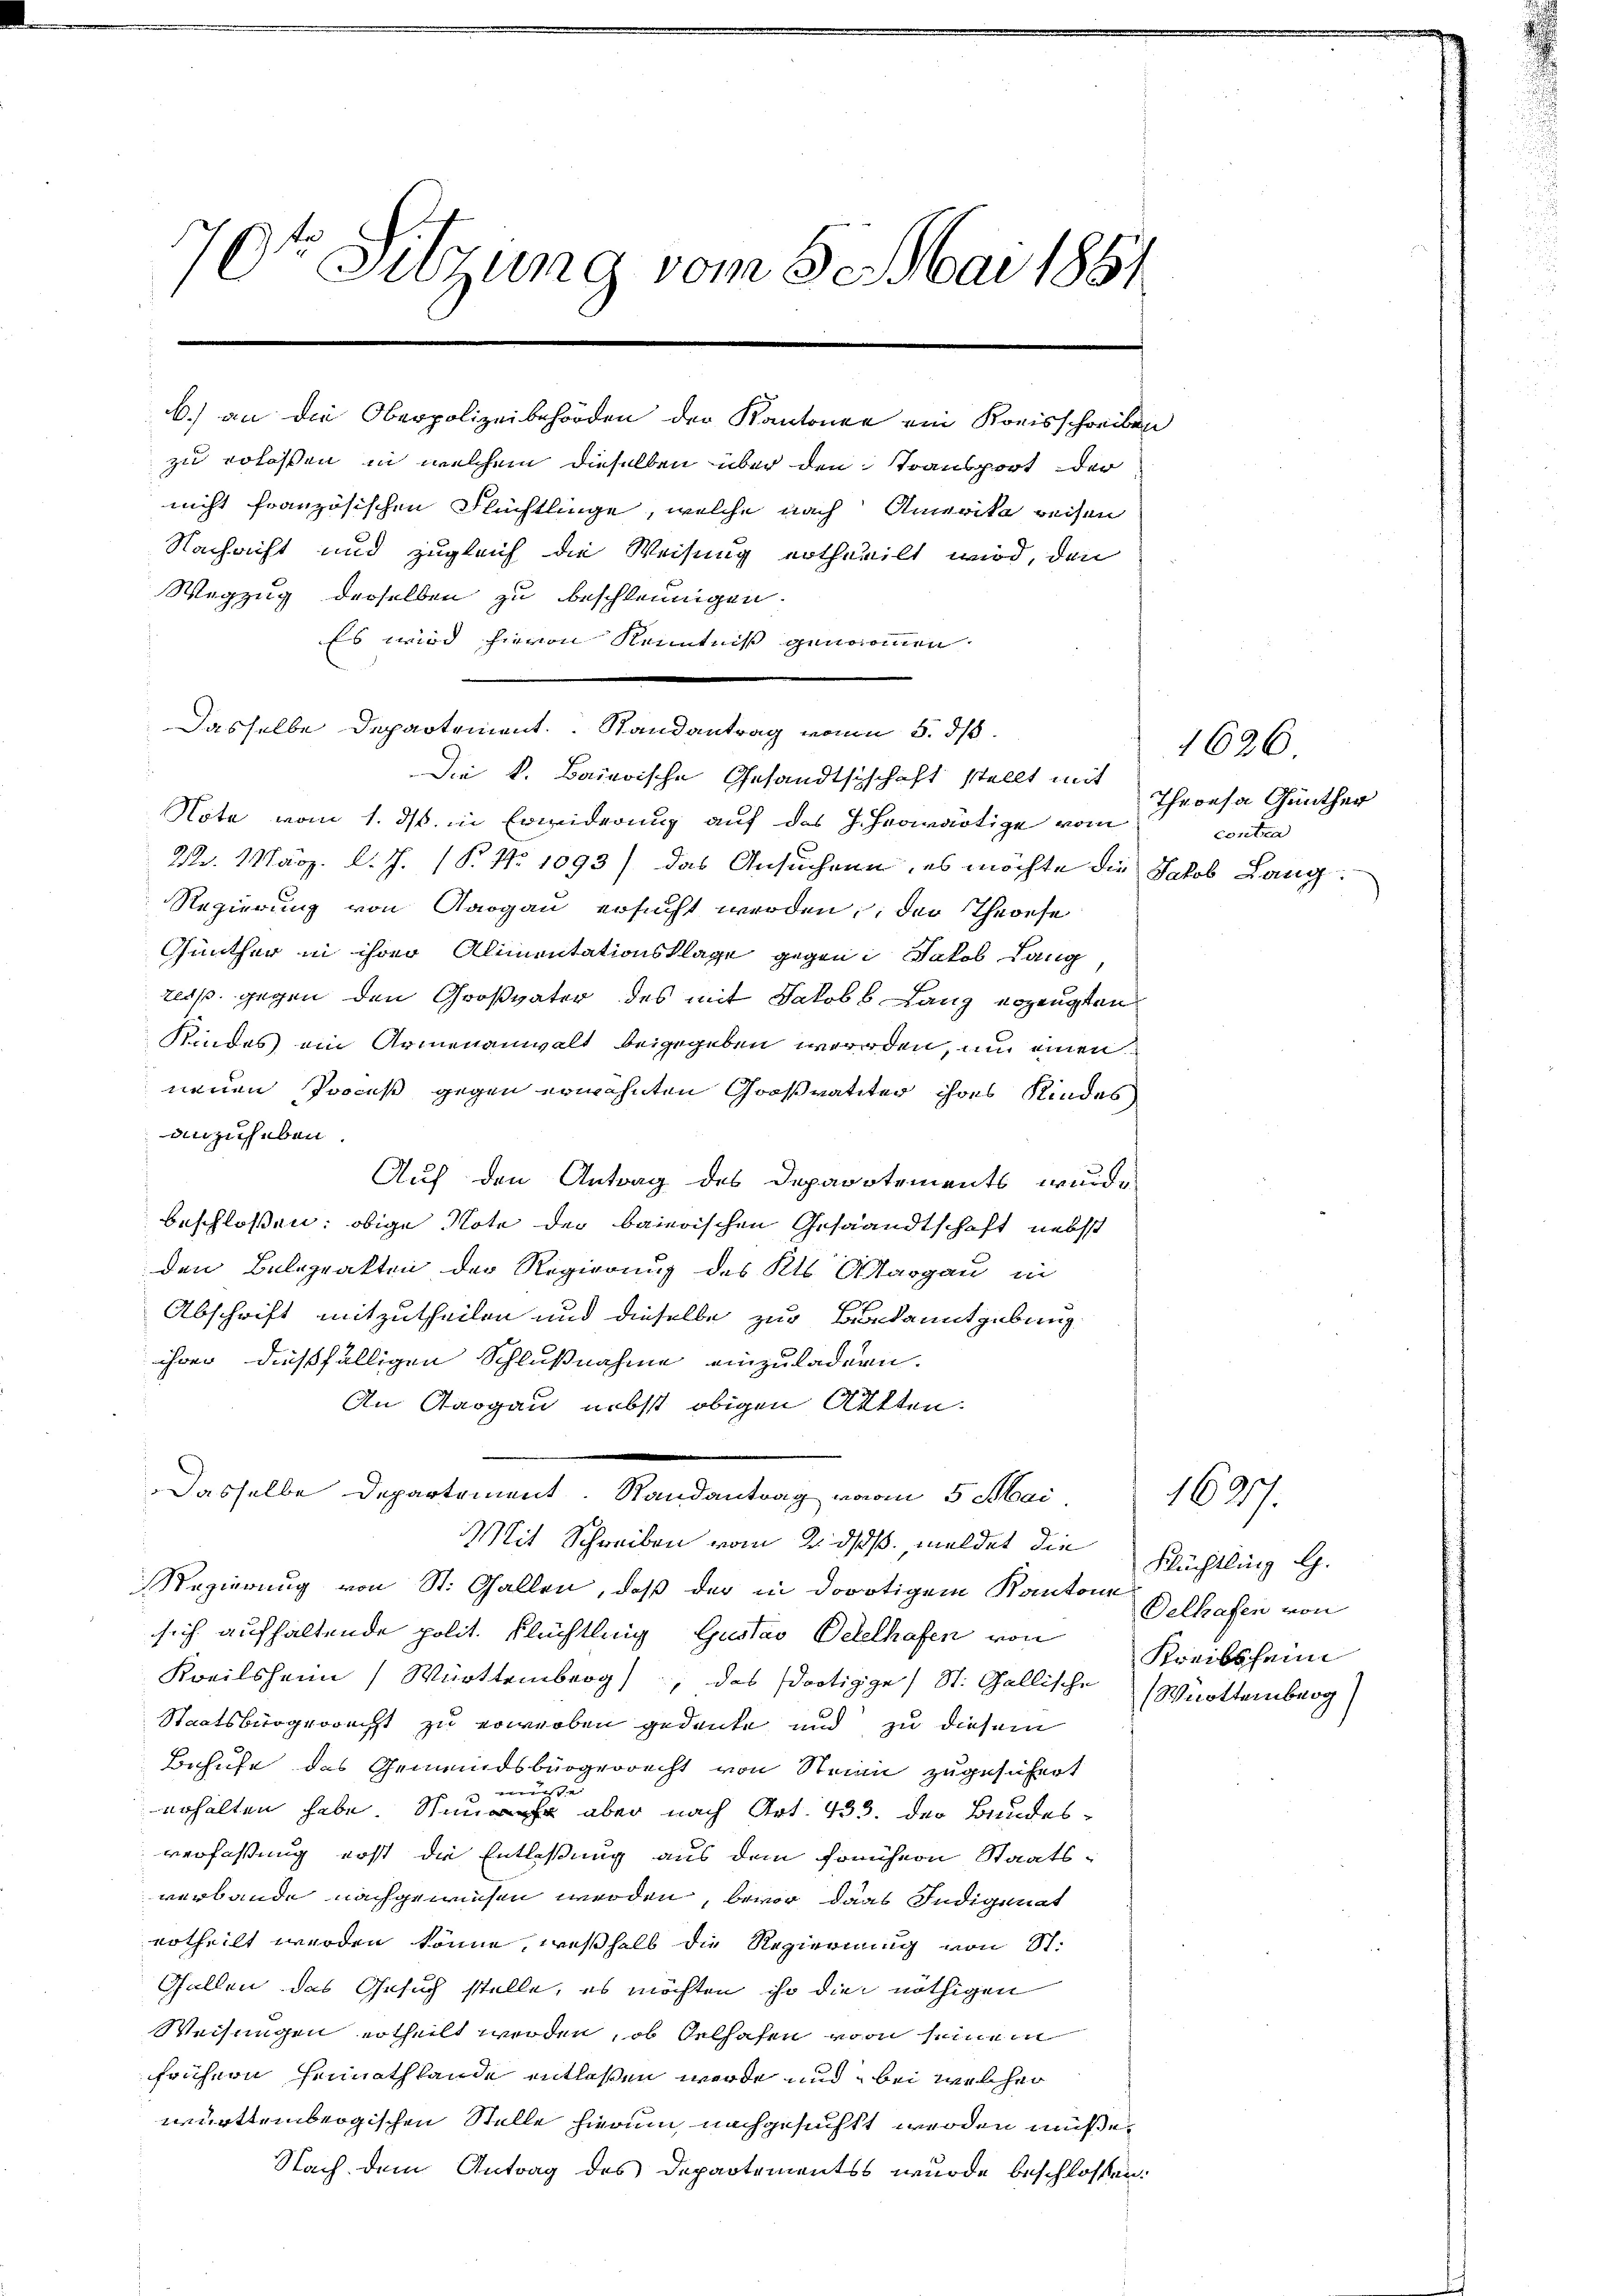
70te Sitzung vom 5. Mai 1861

zu erlassen, in welchem dieselben über den Transport der
nicht französischen Flüchtlinge, welche nach Amerika reisen
Nachacht und zugleich die Weisung ertheilt wird, den
Wegzug derselben zu beschleunigen
Es wird hievon Kenntniß genommen
Die k. Baierische Gesandtschaft stellt mit
Note vom 1. ds. in Erwiderung auf das J. Hrowärtige vom
22. März l. J. (T. No 1093) das Ansuchen, es möchte die Jakob Lang¬
Regierung von Aargau ersucht werden; der Theoese
Günther in ihrer Alimentationsklage gegen Jakob Lang,
resp. gegen den Großvater des mit Jakobb Lanz erzeugten
Kindes ain Armenanwalt beigegeben werden, um einen
neuen Proceß gegen erwohnten Großrateter ihres Kindes
anzuheben.
Auf den Antrag des Departements wurde
beschlossen: obige Note der baierischen Gesandtschaft nebst
den Belegrakten der Regierung des Kts. Aargau in
Abschrift mitzutheilen und dieselbe zur Bekanntgebung.
ihrer dießfälligen Schlußnahme einzuladern.
An Aargau, nebst obigen Altten.
Dasselbe Departement. Randantrag vom 5. Mai
Mit Schreiben vom 2. ds., meldet die
Regierung von St. Gallen, daß der in dortigem Kantone
sich aufhaltende polit. Flüchtlung Gustav Betelhafen von
Kreissheim Württemberg), das dortigge) St. Gallische Württemberg
Staatsbürgerrecht zu erwerben gedenke und zu diesem
Behufe das Gemeindsbürgerrecht von Steien zugesichert
 müsse
erhalten habe. Nun aber nach Art. 433. der Bundes-
verfassung erst die Entlaßung aus dem frühern Staatsverbande nachgewiesen werden, bevor das Indigenat
ertheilt werden könne, weßhalb die Regierung von St.
Gallen das Gesuch stelle, es möchten ihr die nöthigen
Weisungen ertheilt werden, ob Oelhafen von seinem
frühern Heimathlande entlassen werde und bei welcher
württembergischen Stelle hierum nachgesucht werden müße.
Nach dem Antrag des Departementss wurde beschlossen:

b.) an die Oberpolizeibehörden der Kantonen ein Kreisschreiben

Dasselbe Departement. Randantrag von 5. ds.

1636
Theresa Günther
contra

Flüchtling l.
Delhafen von
Kreissheim

1637.